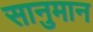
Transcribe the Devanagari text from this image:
सानुमान